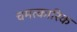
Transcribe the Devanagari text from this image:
चमत्‍कारिक